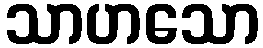
သာဟသော